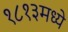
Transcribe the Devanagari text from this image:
१८१३मध्ये